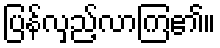
ပြန်လှည့်လာကြ၏။